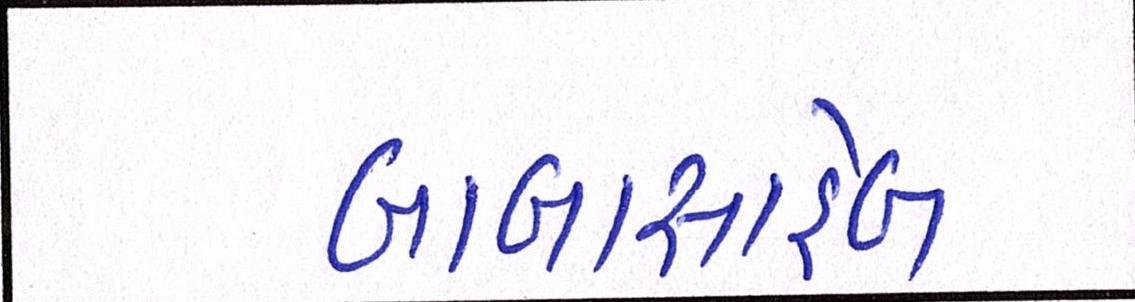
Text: બાબાસાહેબ